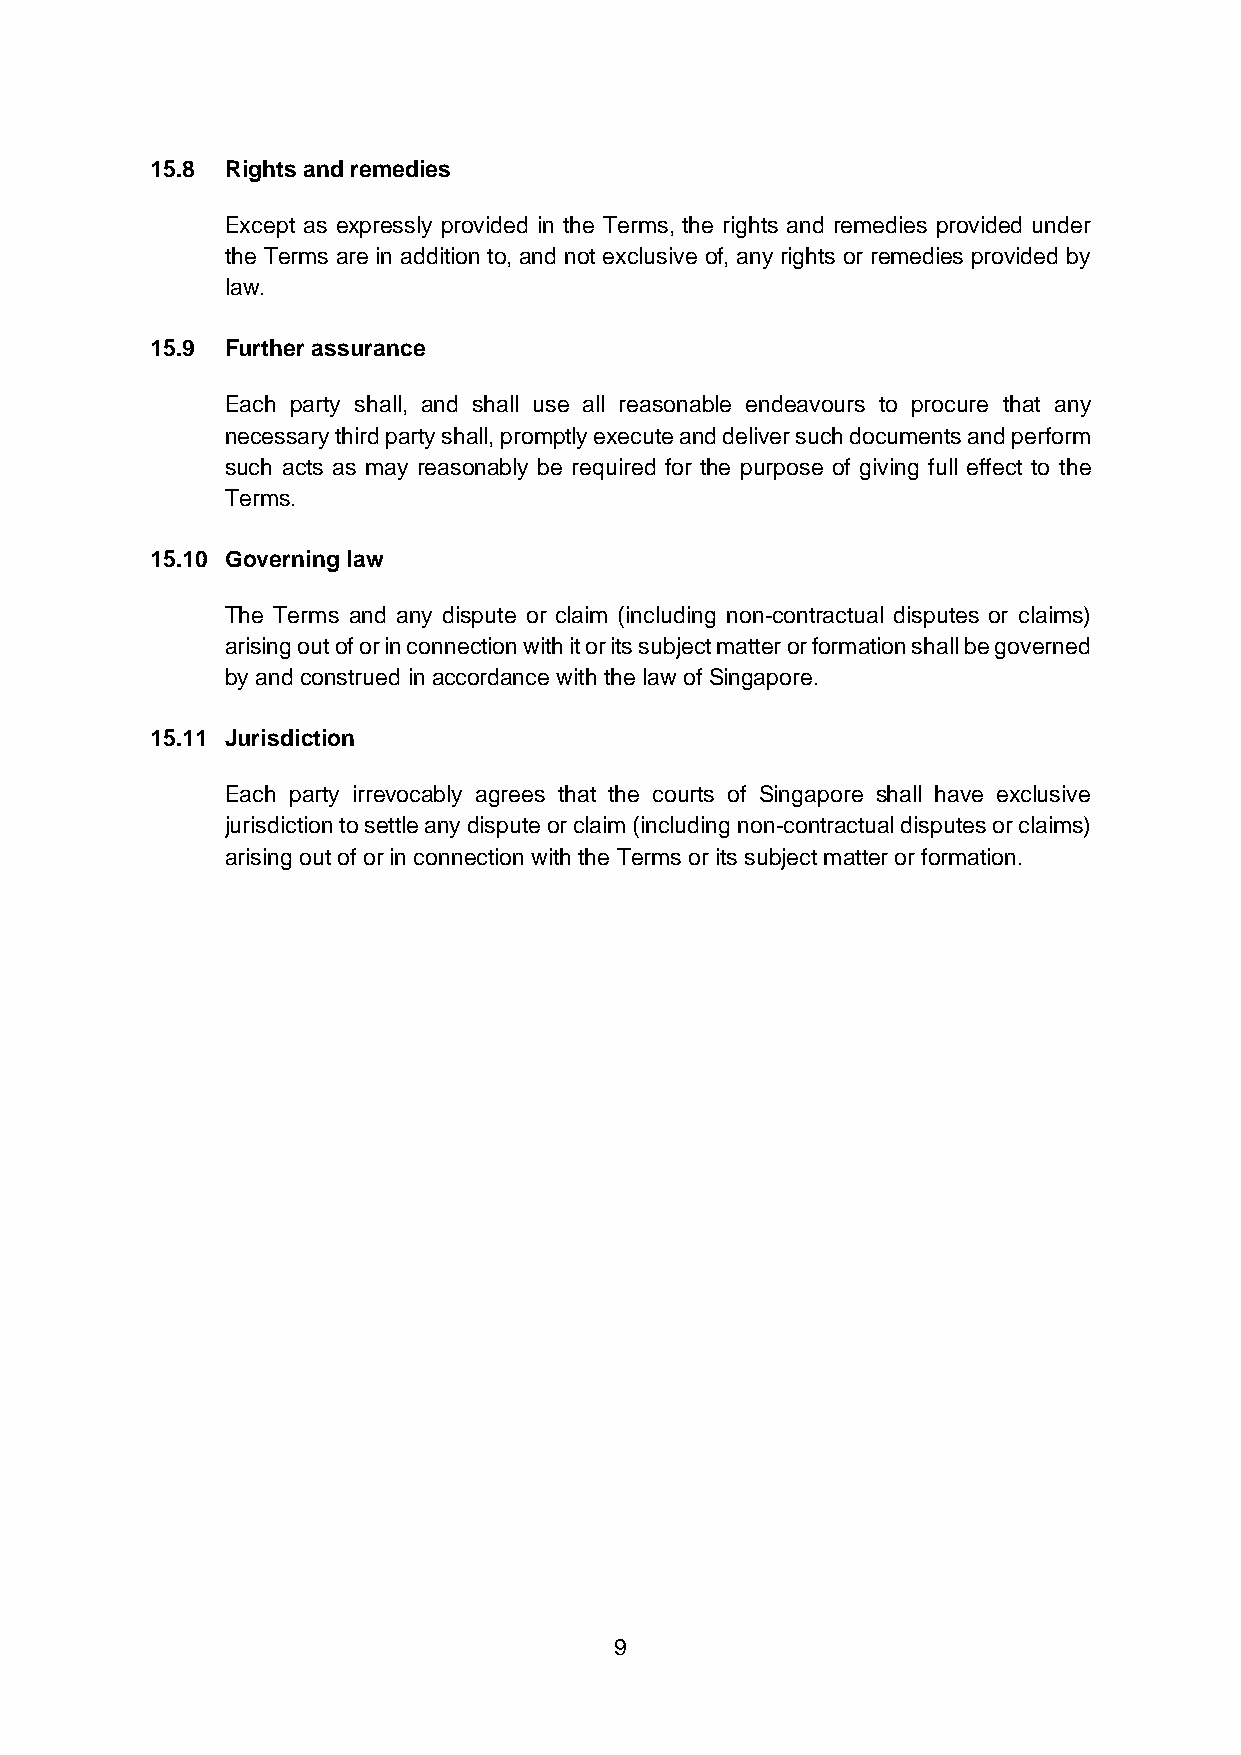
15.8 Rights and remedies
 Except as expressly provided in the Terms, the rights and remedies provided under
 the Terms are in addition to, and not exclusive of, any rights or remedies provided by
 law.
 15.9 Further assurance
 Each party shall, and shall use all reasonable endeavours to procure that any
 necessary third party shall, promptly execute and deliver such documents and perform
 such acts as may reasonably be required for the purpose of giving full effect to the
 Terms.
 15.10 Governing law
 The Terms and any dispute or claim (including non-contractual disputes or claims)
 arising out of or in connection with it or its subject matter or formation shall be governed
 by and construed in accordance with the law of Singapore.
 15.11 Jurisdiction
 Each party irrevocably agrees that the courts of Singapore shall have exclusive
 jurisdiction to settle any dispute or claim (including non-contractual disputes or claims)
 arising out of or in connection with the Terms or its subject matter or formation.
 9